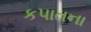
કપાતના